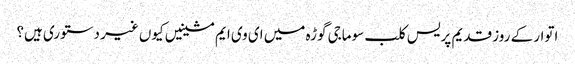
اتوار کے روز قدیم پریس کلب سوماجی گوڑہ میں ای وی ایم مشینیں کیوں غیر دستوری ہیں؟